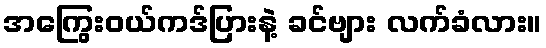
အကြွေးဝယ်ကဒ်ပြားနဲ့ ခင်ဗျား လက်ခံလား။